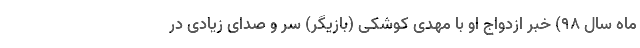
ماه سال 98) خبر ازدواج او با مهدی کوشکی (بازیگر) سر و صدای زیادی در